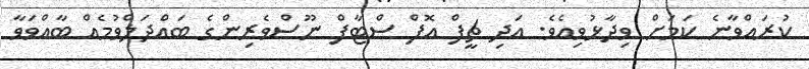
ކުރައްވާނެ ކަމަށް ވިދާޅުވިއެވެ. އަދި ޗީފް އޮފް ސްޓާފް ނޫސްވެރިންގެ ބައްދަލްވުމެއް ބާއްވަވާ